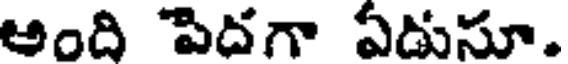
అంది పిదగా ఏడుసూ.